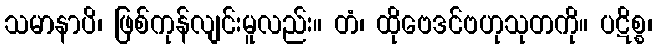
သမာနာပိ၊ ဖြစ်ကုန်လျင်းမူလည်း။ တံ၊ ထိုဗေဒင်ဗဟုသုတကို။ ပဋိစ္စ၊